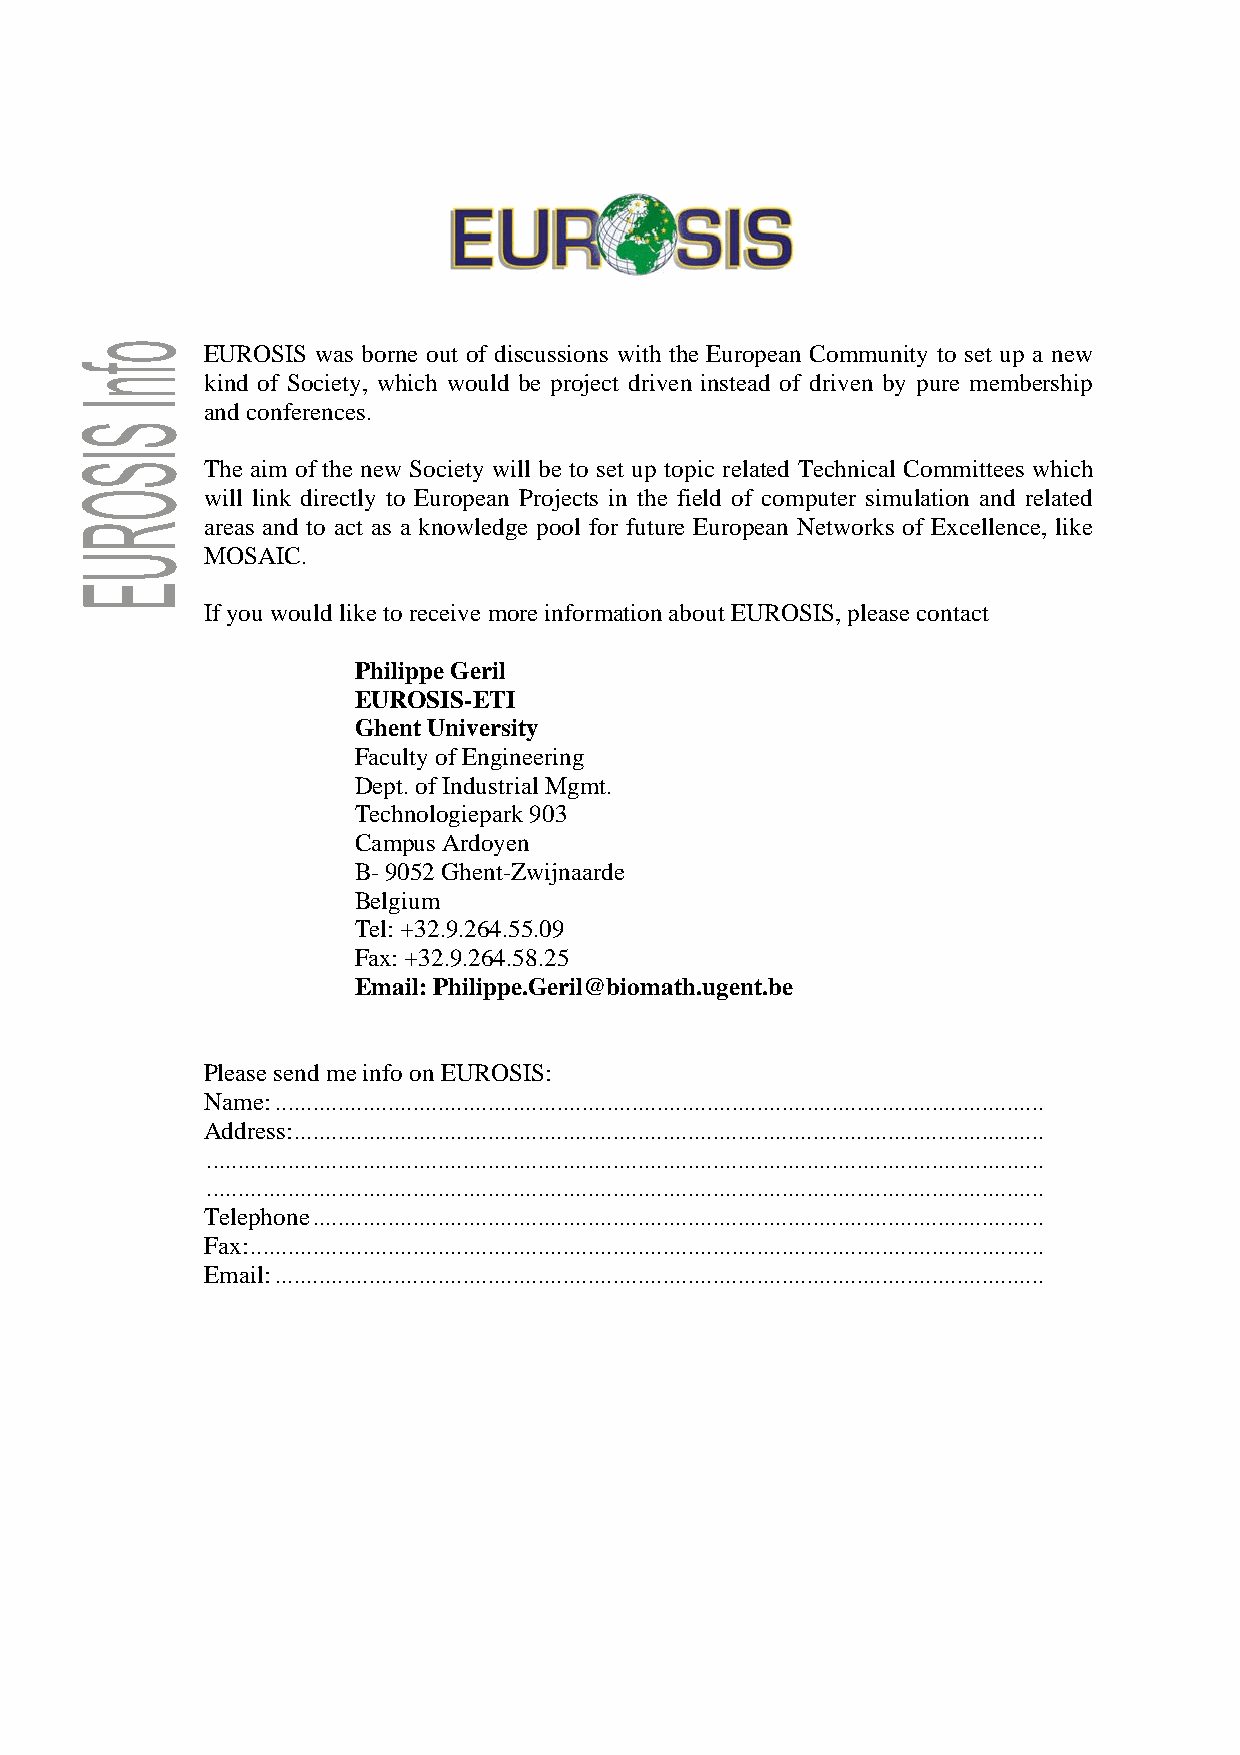
EUROSIS was borne out of discussions with the European Community to set up a new
 kind of Society, which would be project driven instead of driven by pure membership
 and conferences.
 The aim of the new Society will be to set up topic related Technical Committees which
 will link directly to European Projects in the field of computer simulation and related
 areas and to act as a knowledge pool for future European Networks of Excellence, like
 MOSAIC.
 If you would like to receive more information about EUROSIS, please contact
 Philippe Geril
 EUROSIS-ETI
 Ghent University
 Faculty of Engineering
 Dept. of Industrial Mgmt.
 Technologiepark 903
 Campus Ardoyen
 B- 9052 Ghent-Zwijnaarde
 Belgium
 Tel: +32.9.264.55.09
 Fax: +32.9.264.58.25
 Email: Philippe.Geril@biomath.ugent.be
 Please send me info on EUROSIS:
 Name:...........................................................................................................................
 Address:........................................................................................................................
 ......................................................................................................................................
 ......................................................................................................................................
 Telephone.....................................................................................................................
 Fax:...............................................................................................................................
 Email:...........................................................................................................................